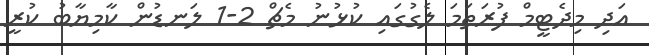
އަދި މިދެޓީމް ފުރަތަމަ ލެގުގައި ކުޅުނު މެޗް 2-1 ލަނޑުން ކާމިޔާބު ކުރީ